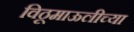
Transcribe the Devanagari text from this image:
विठूमाऊलीच्या